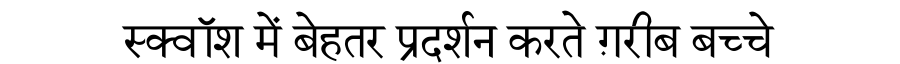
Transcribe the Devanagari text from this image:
स्क्वॉश में बेहतर प्रदर्शन करते ग़रीब बच्चे